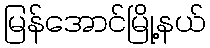
မြန်အောင်မြို့နယ်